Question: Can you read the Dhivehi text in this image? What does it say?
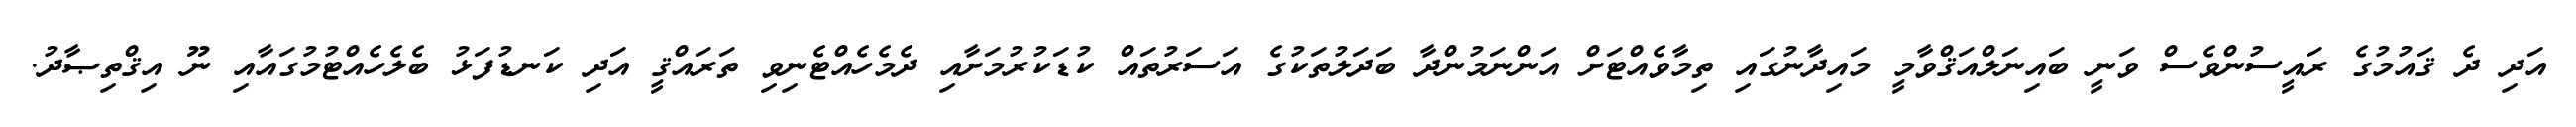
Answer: އަދި ދެ ޤައުމުގެ ރައީސުންވެސް ވަނީ ބައިނަލްއަޤްވާމީ މައިދާނުގައި ތިމާވެއްޓަށް އަންނަމުންދާ ބަދަލުތަކުގެ އަސަރުތައް ކުޑަކުރުމަށާއި ދެމެހެއްޓެނިވި ތަރައްޤީ އަދި ކަނޑުފަޅު ބެލެހެއްޓުމުގައާއި ނޫ އިޤްތިޞާދު.